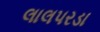
લાલપરડા